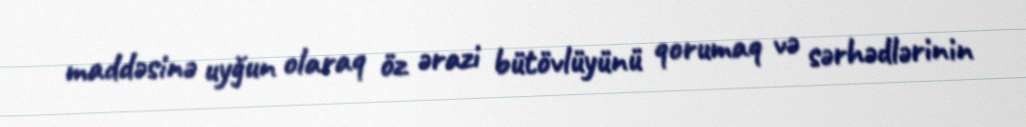
maddəsinə uyğun olaraq öz ərazi bütövlüyünü qorumaq və sərhədlərinin